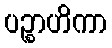
ပဉ္စာဟိကာ